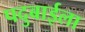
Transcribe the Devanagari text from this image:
पदुबाईला